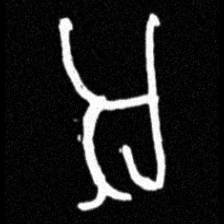
Pyu character \u2014 Myanmar letter: အ (romanized: a)